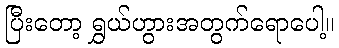
ပြီးတော့ ရွှယ်ဟွားအတွက်ရောပေါ့။